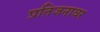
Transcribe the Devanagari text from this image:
प्रतिजनावर